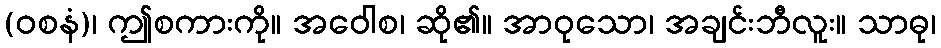
(ဝစနံ)၊ ဤစကားကို။ အဝေါစ၊ ဆို၏။ အာဝုသော၊ အချင်းဘီလူး။ သာဓု၊